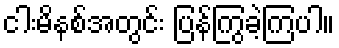
ငါးမိနစ်အတွင်း ပြန်ကြွခဲ့ကြပါ။